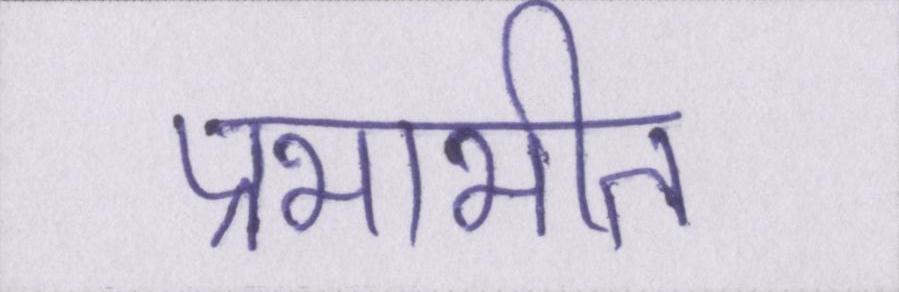
प्रभाभीत